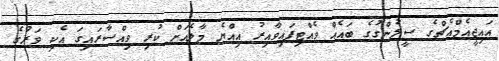
އައިޖީއެމްއެޗްގެ ސީލުންގުގެ ބައެއް ވެއްޓިފައިވާއިރު އިއްޔެ މާލެއަށް ކުރި ވިއްސާރައިގަ އެކި ވަރުގެ